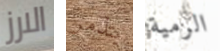
الارز يتذمر الرمية